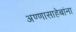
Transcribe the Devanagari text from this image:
अण्णासाहेबांना